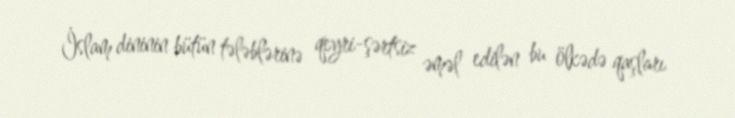
İslam dininin bütün tələblərinə qeyri-şərtsiz əməl edilən bu ölkədə qaşları